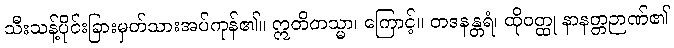
သီးသန့်ပိုင်းခြားမှတ်သားအပ်ကုန်၏။ ဣတိတသ္မာ၊ ကြောင့်။ တဒနန္တရံ၊ ထိုဝတ္ထု နာနတ္တဉာဏ်၏